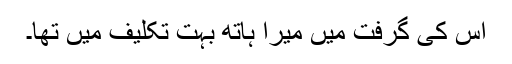
اس کی گرفت میں میرا ہاتھ بہت تکلیف میں تھا۔